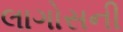
લાગોસની